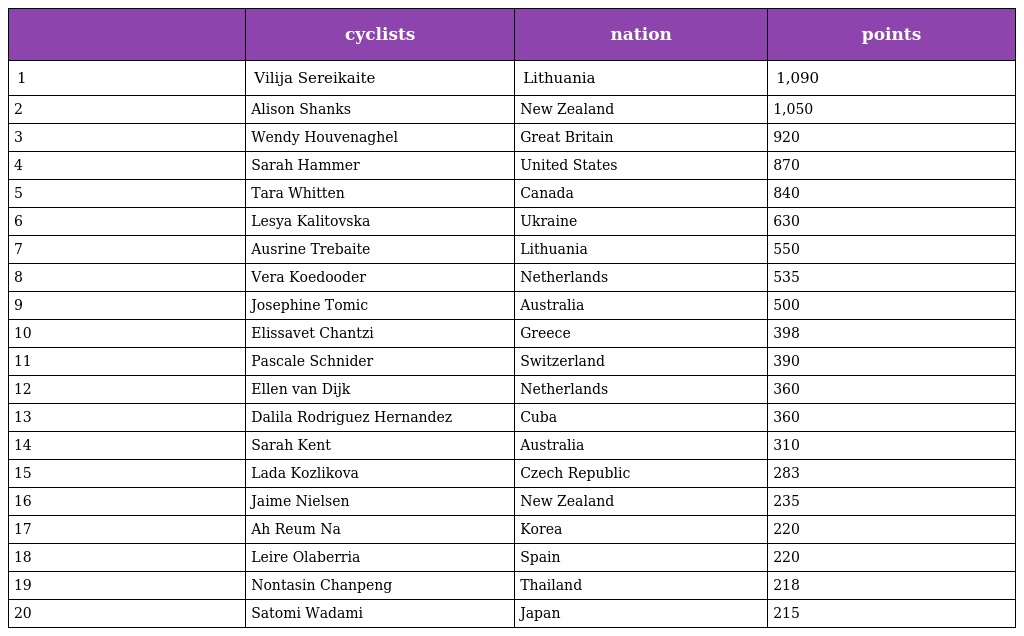
|  | cyclists | nation | points |
 | --- | --- | --- | --- |
 | 1 | Vilija Sereikaite | Lithuania | 1,090 |
 | 2 | Alison Shanks | New Zealand | 1,050 |
 | 3 | Wendy Houvenaghel | Great Britain | 920 |
 | 4 | Sarah Hammer | United States | 870 |
 | 5 | Tara Whitten | Canada | 840 |
 | 6 | Lesya Kalitovska | Ukraine | 630 |
 | 7 | Ausrine Trebaite | Lithuania | 550 |
 | 8 | Vera Koedooder | Netherlands | 535 |
 | 9 | Josephine Tomic | Australia | 500 |
 | 10 | Elissavet Chantzi | Greece | 398 |
 | 11 | Pascale Schnider | Switzerland | 390 |
 | 12 | Ellen van Dijk | Netherlands | 360 |
 | 13 | Dalila Rodriguez Hernandez | Cuba | 360 |
 | 14 | Sarah Kent | Australia | 310 |
 | 15 | Lada Kozlikova | Czech Republic | 283 |
 | 16 | Jaime Nielsen | New Zealand | 235 |
 | 17 | Ah Reum Na | Korea | 220 |
 | 18 | Leire Olaberria | Spain | 220 |
 | 19 | Nontasin Chanpeng | Thailand | 218 |
 | 20 | Satomi Wadami | Japan | 215 |